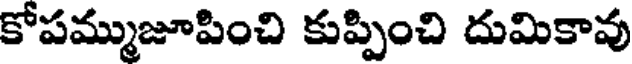
కోపమ్ముజూపించి కుప్పించి దుమికావు